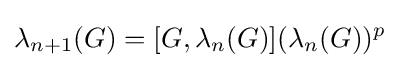
\lambda _{n+1}(G)=[G,\lambda _{n}(G)](\lambda _{n}(G))^{p}